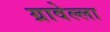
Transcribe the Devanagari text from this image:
ग्रावेल्ला